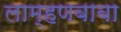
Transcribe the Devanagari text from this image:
लाम्हणबाबा